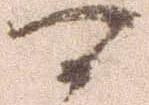
可